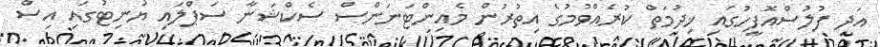
އަދި ފުލުސްއޮފީހުގައި ޚިދުމަތް ކުރެއްވުމުގެ އިތުރުން މެއިންޓަނަންސް ސެކްޝަނާ ސަޕްލައި ޔުނިޓުގައި އިސް